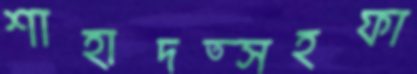
শাহাদত্সহফা